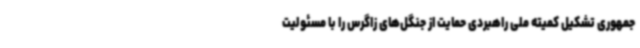
جمهوری تشکیل کمیته ملی راهبردی حمایت از جنگل‌های زاگرس را با مسئولیت